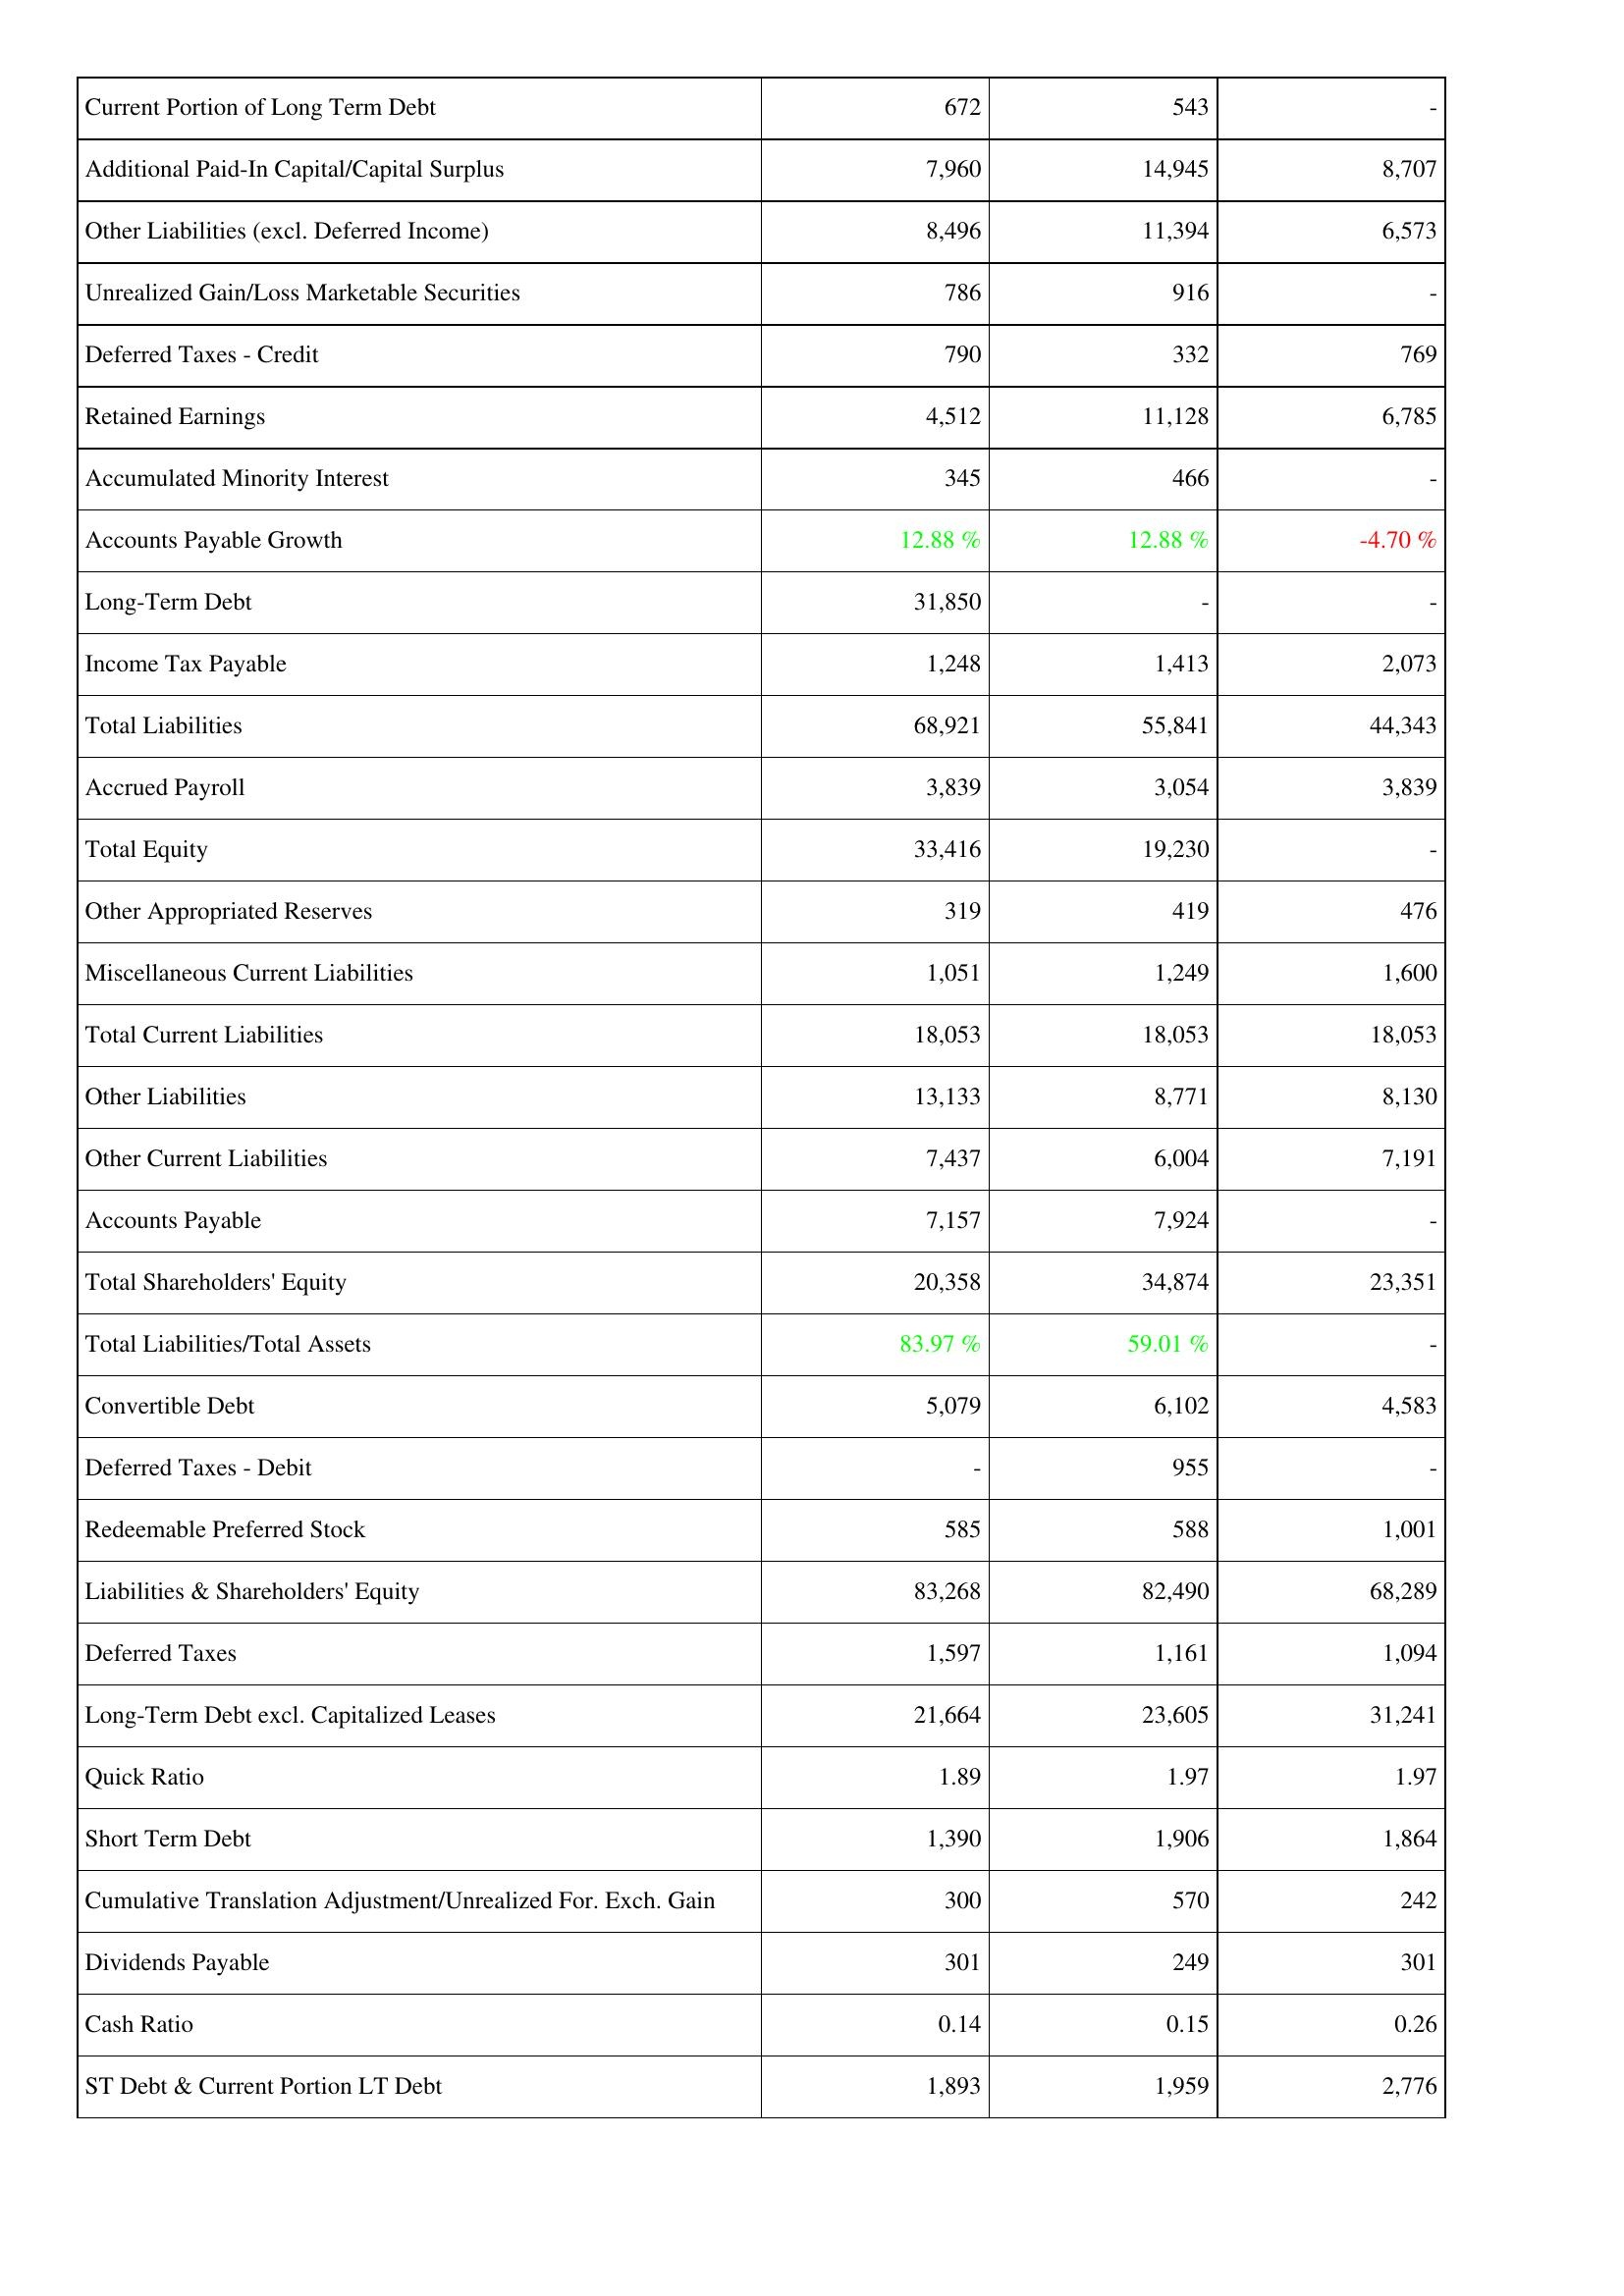
2010: Liabilities & Shareholders' Equity: Current Portion of Long Term Debt: 672
Additional Paid-In Capital/Capital Surplus: 7,960
Other Liabilities (excl. Deferred Income): 8,496
Unrealized Gain/Loss Marketable Securities: 786
Deferred Taxes - Credit: 790
Retained Earnings: 4,512
Accumulated Minority Interest: 345
Accounts Payable Growth: 12.88 %
Long-Term Debt: 31,850
Income Tax Payable: 1,248
Total Liabilities: 68,921
Accrued Payroll: 3,839
Total Equity: 33,416
Other Appropriated Reserves: 319
Miscellaneous Current Liabilities: 1,051
Total Current Liabilities: 18,053
Other Liabilities: 13,133
Other Current Liabilities: 7,437
Accounts Payable: 7,157
Total Shareholders' Equity: 20,358
Total Liabilities/Total Assets: 83.97 %
Convertible Debt: 5,079
Deferred Taxes - Debit: -
Redeemable Preferred Stock: 585
Liabilities & Shareholders' Equity: 83,268
Deferred Taxes: 1,597
Long-Term Debt excl. Capitalized Leases: 21,664
Quick Ratio: 1.89
Short Term Debt: 1,390
Cumulative Translation Adjustment/Unrealized For. Exch. Gain: 300
Dividends Payable: 301
Cash Ratio: 0.14
ST Debt & Current Portion LT Debt: 1,893
2009: Liabilities & Shareholders' Equity: Current Portion of Long Term Debt: 543
Additional Paid-In Capital/Capital Surplus: 14,945
Other Liabilities (excl. Deferred Income): 11,394
Unrealized Gain/Loss Marketable Securities: 916
Deferred Taxes - Credit: 332
Retained Earnings: 11,128
Accumulated Minority Interest: 466
Accounts Payable Growth: 12.88 %
Long-Term Debt: -
Income Tax Payable: 1,413
Total Liabilities: 55,841
Accrued Payroll: 3,054
Total Equity: 19,230
Other Appropriated Reserves: 419
Miscellaneous Current Liabilities: 1,249
Total Current Liabilities: 18,053
Other Liabilities: 8,771
Other Current Liabilities: 6,004
Accounts Payable: 7,924
Total Shareholders' Equity: 34,874
Total Liabilities/Total Assets: 59.01 %
Convertible Debt: 6,102
Deferred Taxes - Debit: 955
Redeemable Preferred Stock: 588
Liabilities & Shareholders' Equity: 82,490
Deferred Taxes: 1,161
Long-Term Debt excl. Capitalized Leases: 23,605
Quick Ratio: 1.97
Short Term Debt: 1,906
Cumulative Translation Adjustment/Unrealized For. Exch. Gain: 570
Dividends Payable: 249
Cash Ratio: 0.15
ST Debt & Current Portion LT Debt: 1,959
2008: Liabilities & Shareholders' Equity: Current Portion of Long Term Debt: -
Additional Paid-In Capital/Capital Surplus: 8,707
Other Liabilities (excl. Deferred Income): 6,573
Unrealized Gain/Loss Marketable Securities: -
Deferred Taxes - Credit: 769
Retained Earnings: 6,785
Accumulated Minority Interest: -
Accounts Payable Growth: -4.70 %
Long-Term Debt: -
Income Tax Payable: 2,073
Total Liabilities: 44,343
Accrued Payroll: 3,839
Total Equity: -
Other Appropriated Reserves: 476
Miscellaneous Current Liabilities: 1,600
Total Current Liabilities: 18,053
Other Liabilities: 8,130
Other Current Liabilities: 7,191
Accounts Payable: -
Total Shareholders' Equity: 23,351
Total Liabilities/Total Assets: -
Convertible Debt: 4,583
Deferred Taxes - Debit: -
Redeemable Preferred Stock: 1,001
Liabilities & Shareholders' Equity: 68,289
Deferred Taxes: 1,094
Long-Term Debt excl. Capitalized Leases: 31,241
Quick Ratio: 1.97
Short Term Debt: 1,864
Cumulative Translation Adjustment/Unrealized For. Exch. Gain: 242
Dividends Payable: 301
Cash Ratio: 0.26
ST Debt & Current Portion LT Debt: 2,776